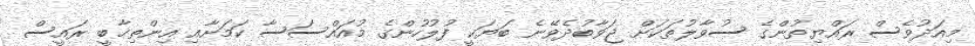
މިއަދުވެސް ރައްޔިތުންގެ ސުވާލުތަކަށް ޖަވާބުދެވޭނެ ބަޔަކީ ފުލުހުންގެ މުއައްސަސާ ކަމަށާއި އިންތިޚާބީ ރައީސް